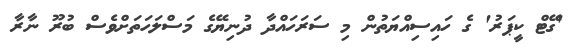
'ގޭޓް ކީޕަރު' ގެ ހައިސިއްޔަތުން މި ސަރަހައްދާ ދުނިޔޭގެ މަސްލަހަތަށްވެސް ބުރޫ ނާރާ